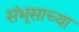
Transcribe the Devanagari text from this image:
संभूसाच्या